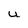
Character: U